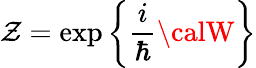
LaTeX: {\cal\mathcal{Z}}=\exp\bigg\{ \frac{{i}}{{\hbar}}{\calW}\bigg\}